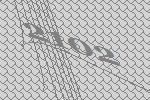
2102